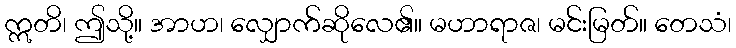
ဣတိ၊ ဤသို့။ အာဟ၊ လျှောက်ဆိုလေ၏။ မဟာရာဇ၊ မင်းမြတ်။ တေသံ၊